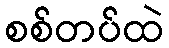
စစ်တပ်ထဲ